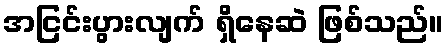
အငြင်းပွားလျက် ရှိနေဆဲ ဖြစ်သည်။